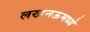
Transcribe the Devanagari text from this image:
लखनऊमध्ये